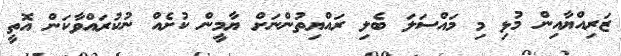
ޒަރިއްޔާއިން މުޅި މި މައްސަލަ ބެލި ރައްޔިތުންނަށް ޔާމީން ކުށެއް ނުކުރައްވާކަން އޮތީ